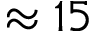
\approx 1 5